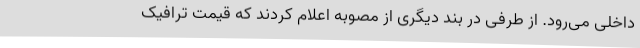
داخلی می‌رود. از طرفی در بند دیگری از مصوبه اعلام کردند که قیمت ترافیک